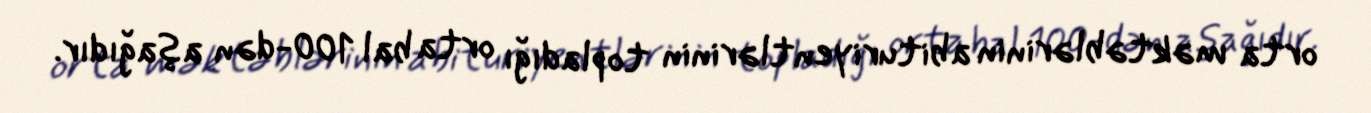
orta məktəblərinin abituriyentlərinin topladığı orta bal 100-dən aşağıdır.